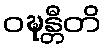
ဝဍ္ဎန္တီတိ